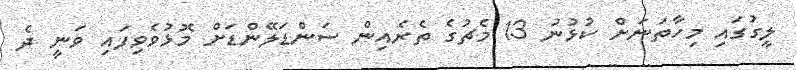
ލީގުގައި މިހާތަނަށް ކުޅުނު 13 މެޗުގެ ތެރެއިން ސަންޑަލޭންޑަށް މޮޅުވެވިފައި ވަނީ ދެ